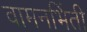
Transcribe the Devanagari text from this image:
वामनभिंती